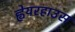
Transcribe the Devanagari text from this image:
ह्वेयरहाउस